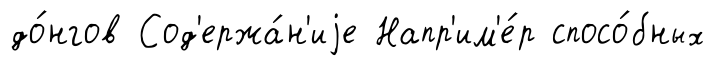
до́нгов Сод'ержа́н'иjе Напр'им'е́р спосо́бных